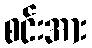
စင်းအား